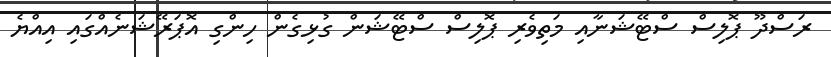
ރަސްދޫ ޕޮލިސް ސްޓޭޝަނާއި މަތިވެރި ޕޮލިސް ސްޓޭޝަން ގުޅިގެން ހިންގި އޮޕަރޭޝަނެއްގައި އިއްޔެ